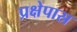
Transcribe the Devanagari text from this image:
प्रक्षेपास्र